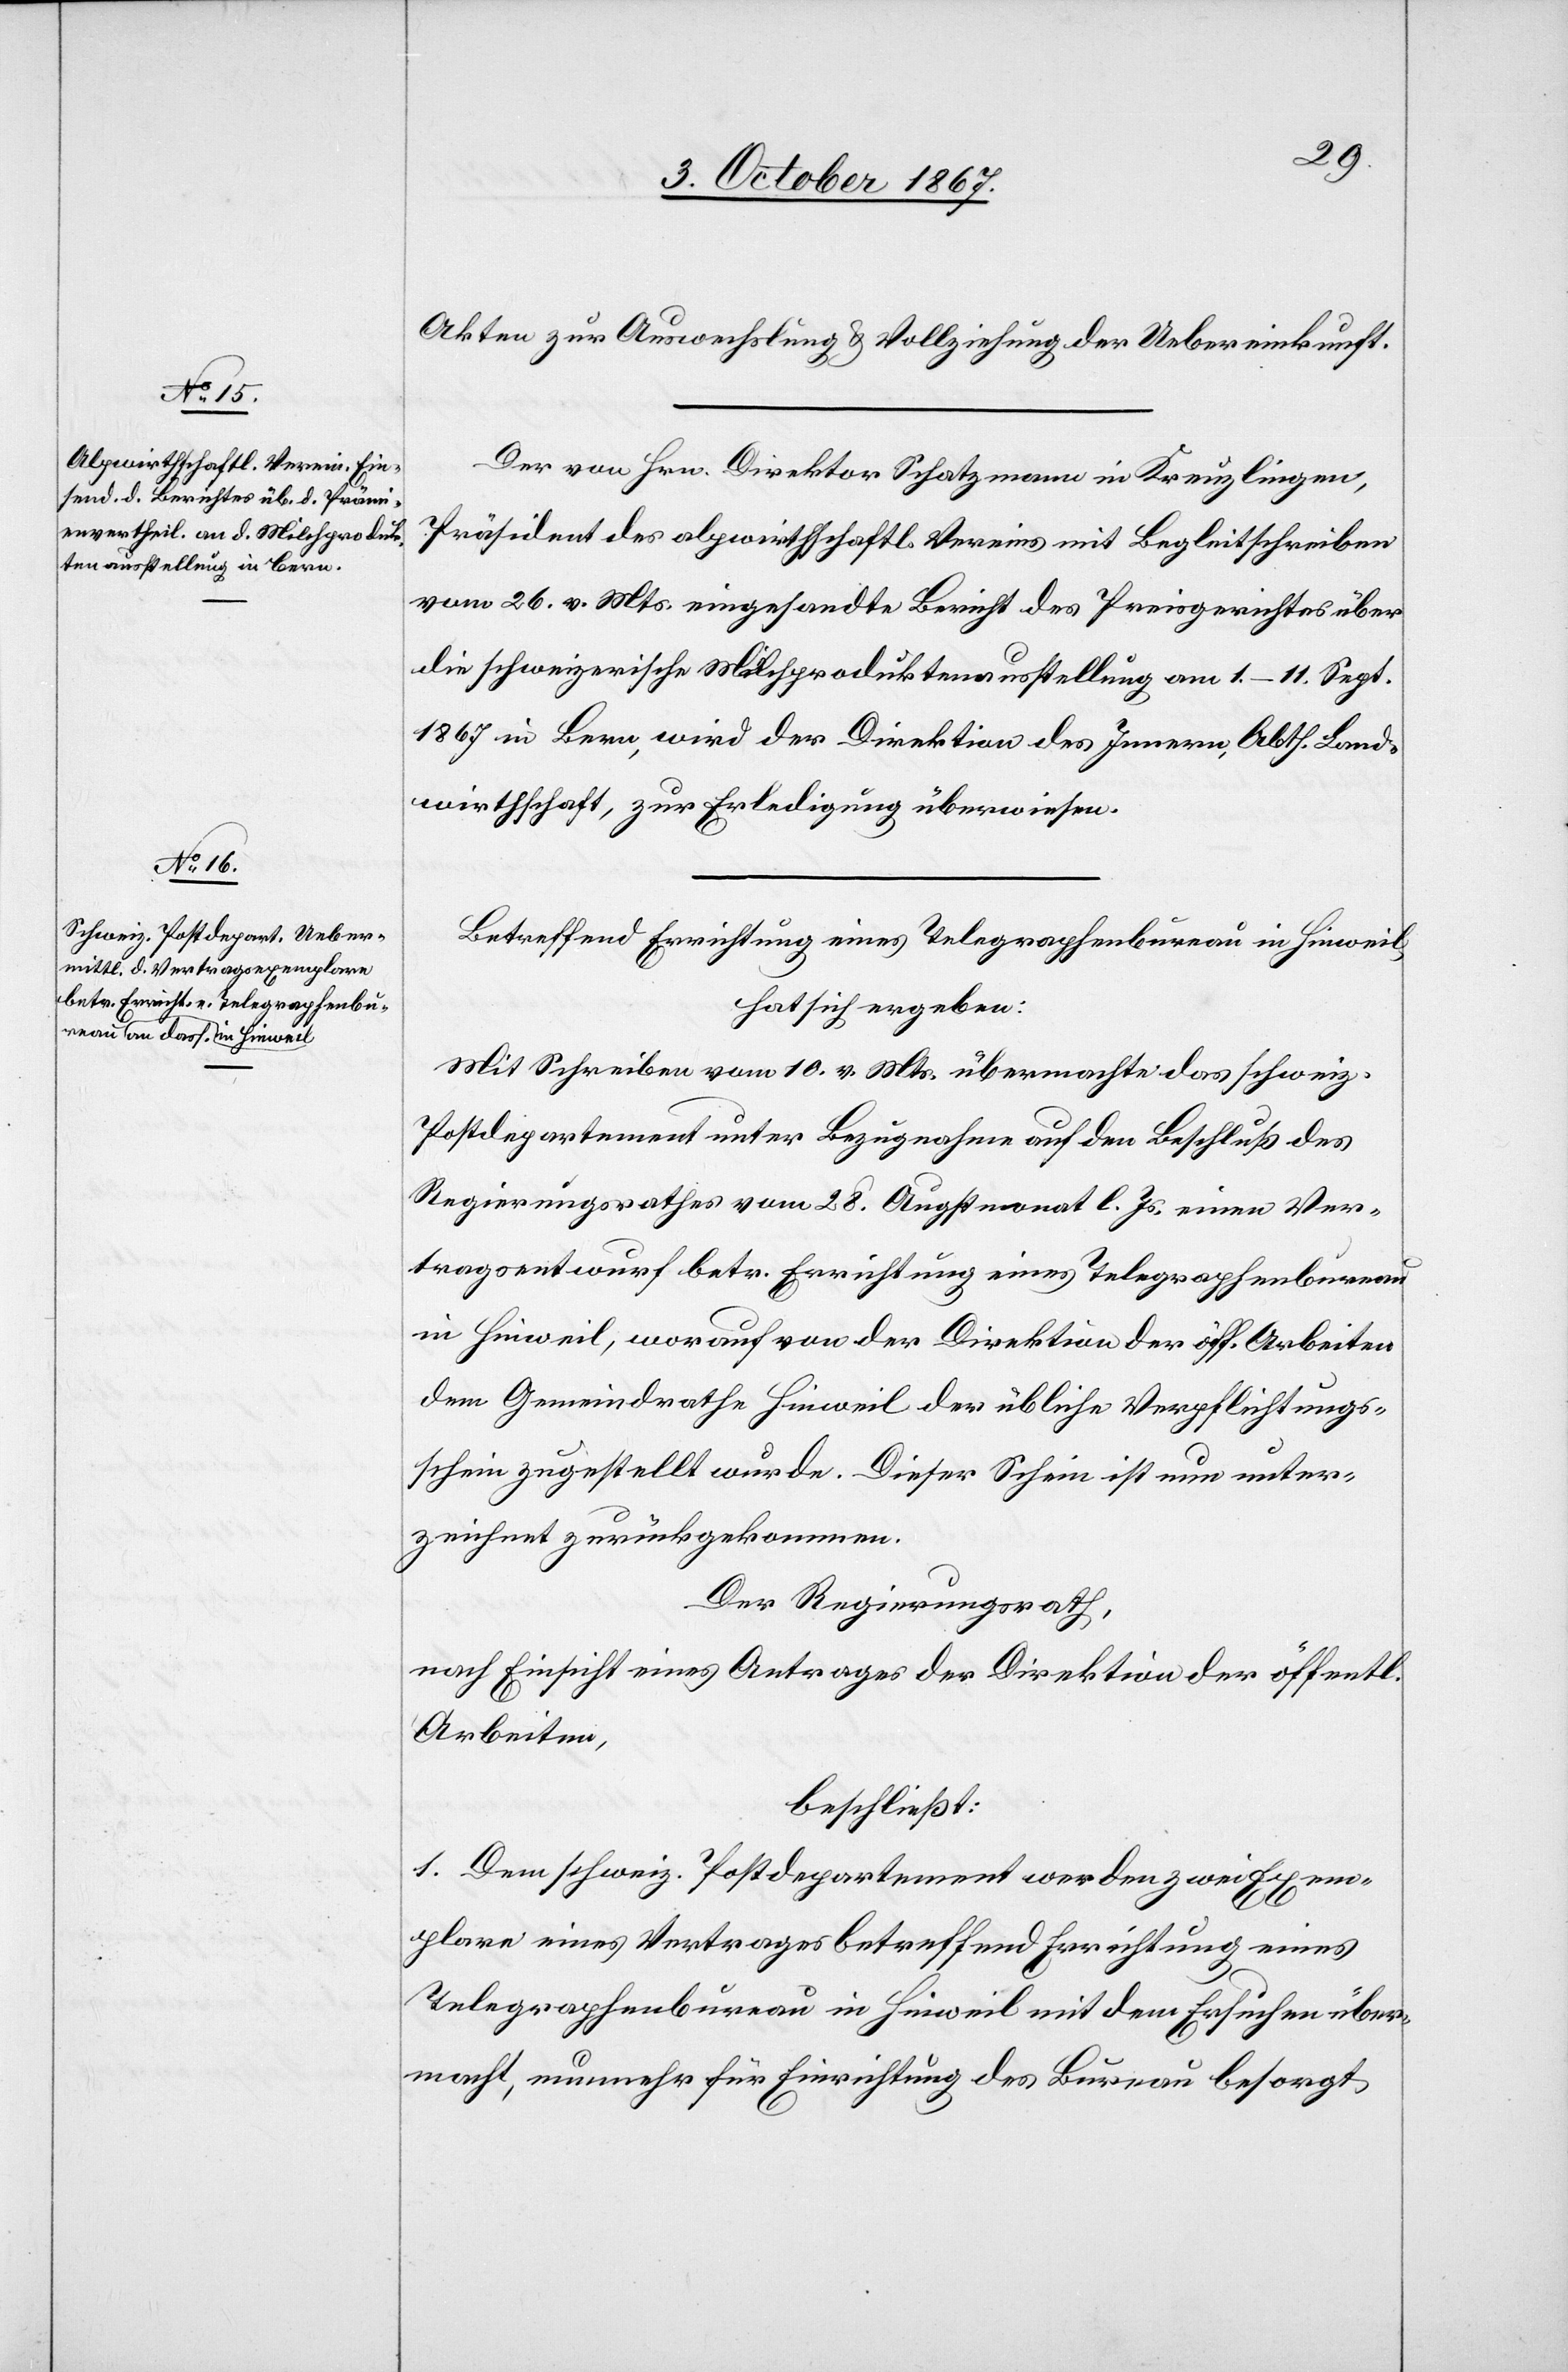
Akten zur Auswechslung u. Vollziehung der Uebereinkunft.
Der von Hrn. Direktor Schatzmann in Kreuzlingen,
Präsident des alpwirthschaftlichen Vereins mit Begleitschreiben
vom 26. v. Mts. eingesandte Bericht des Preisgerichtes über
die schweizerische Milchproduktenausstellung am 1.–11. Sept.
1867 in Bern, wird der Direktion des Innern, Abth. Land¬
wirthschaft, zur Erledigung überwiesen.
Betreffend Errichtung eines Telegraphenbureau in Hinweil,
hat sich ergeben:
Mit Schreiben vom 10. v. Mts. übermachte das schweiz.
Postdepartement unter Bezugnahme auf den Beschluß des
Regierungsrathes vom 28. Augstmonat l. Js. einen Ver¬
tragsentwurf betr. Errichtung eines Telegraphenbureau
in Hinweil, worauf von der Direktion der öff. Arbeiten
dem Gemeindrathe Hinweil der übliche Verpflichtungs¬
schein zugestellt wurde. Dieser Schein ist unter¬
zeichnet zurückgekommen.
Der Regierungsrath,
nach Einsicht eines Antrages der Direktion der öff.
Arbeiten,
beschließt:
1. Dem schweiz. Postdepartement werden zwei Exem¬
plare eines Vertrages betreffend Errichtung eines
Telegraphenbureau in Hinweil mit dem Ersuchen über¬
macht, nunmehr für Errichtung des Bureau besorgt